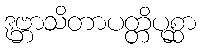
ဒုဗ္ဘာသိတာပတ္တိပုစ္ဆာ